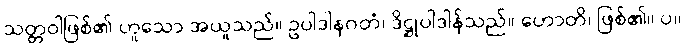
သတ္တဝါဖြစ်၏ ဟူသော အယူသည်။ ဥပါဒါနဂတံ၊ ဒိဋ္ဌုပါဒါန်သည်။ ဟောတိ၊ ဖြစ်၏။ ပ။